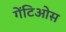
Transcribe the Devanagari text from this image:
गेंटिओस